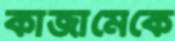
কাজামেকে